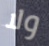
ولا